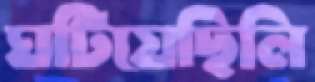
ঘটিয়েছিলি